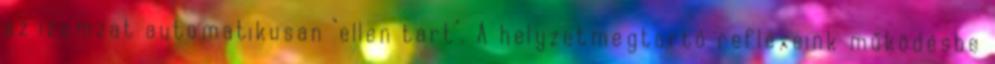
az izomzat automatikusan "ellen tart". A helyzetmegtartó reflexeink működésbe